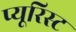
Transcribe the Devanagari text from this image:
प्यूरिस्ट